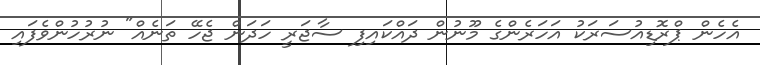
އެހެން ޕްރޮޑިއުސަރަކު އަހަރެންގެ މޫނުން ދައްކައިފި ސާޖަރީ ހަދަން ޖެހޭ ތަނެއް" ނުރުހުންވެފައި